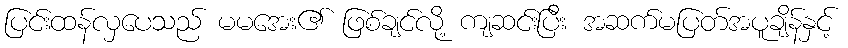
ပြင်းထန်လှပေသည် မမအေး၏ ဖြစ်ချင်လို့ ကျဆင်းပြီး အဆက်မပြတ်အပူချိန်နှင့်